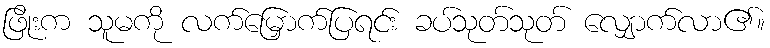
ဖြိုးက သူမကို လက်မြှောက်ပြရင်း ခပ်သုတ်သုတ် လျှောက်လာ၏။